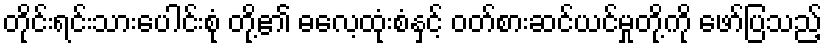
တိုင်းရင်းသားပေါင်းစုံ တို့၏ ဓလေ့ထုံးစံနှင့် ဝတ်စားဆင်ယင်မှုတို့ကို ဖော်ပြသည့်